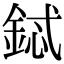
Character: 鋱